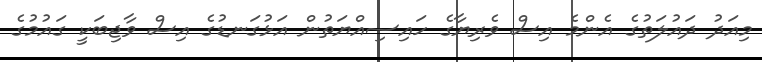
މިއަދު ދައުލަތުގެ އެންމެ އިސް ވެރިޔާގެ ހައިސިއްޔަތުން އަޅުގަނޑުގެ އިސް ވާޖިބަކީ ގައުމުގެ